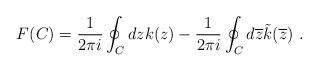
LaTeX: \begin{align*}F(C)=\frac{1}{2\pi i}\oint_{C}dz k(z)-\frac{1}{2\pi i}\oint_{C}d\overline{z}\tilde{k}(\overline{z}) \ .\end{align*}